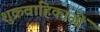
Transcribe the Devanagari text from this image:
शुक्रवाहिकाओं